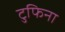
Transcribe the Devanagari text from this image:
टुफिना